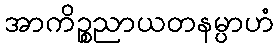
အာကိဉ္စညာယတနမ္ပာဟံ